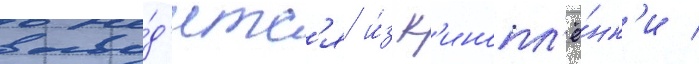
выво́д'итс'я и́з к'инопл'ё́нк'и /